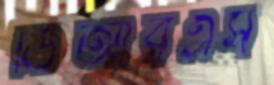
ডিআরএস